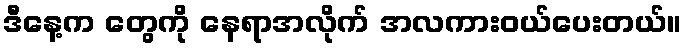
ဒီနေ့က တွေကို နေရာအလိုက် အလကားဝယ်ပေးတယ်။